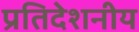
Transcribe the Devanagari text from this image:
प्रतिदेशनीय